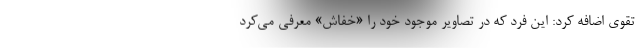
تقوی اضافه کرد: این فرد که در تصاویر موجود خود را «خفاش» معرفی می‌کرد